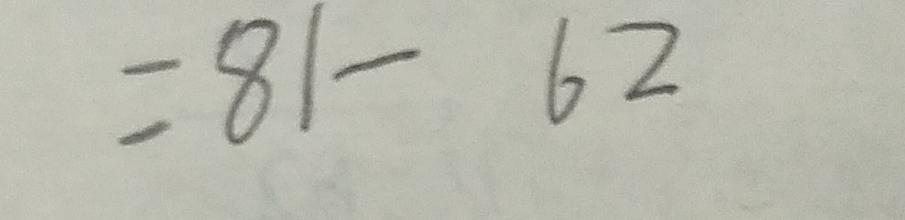
= 8 1 - 6 2